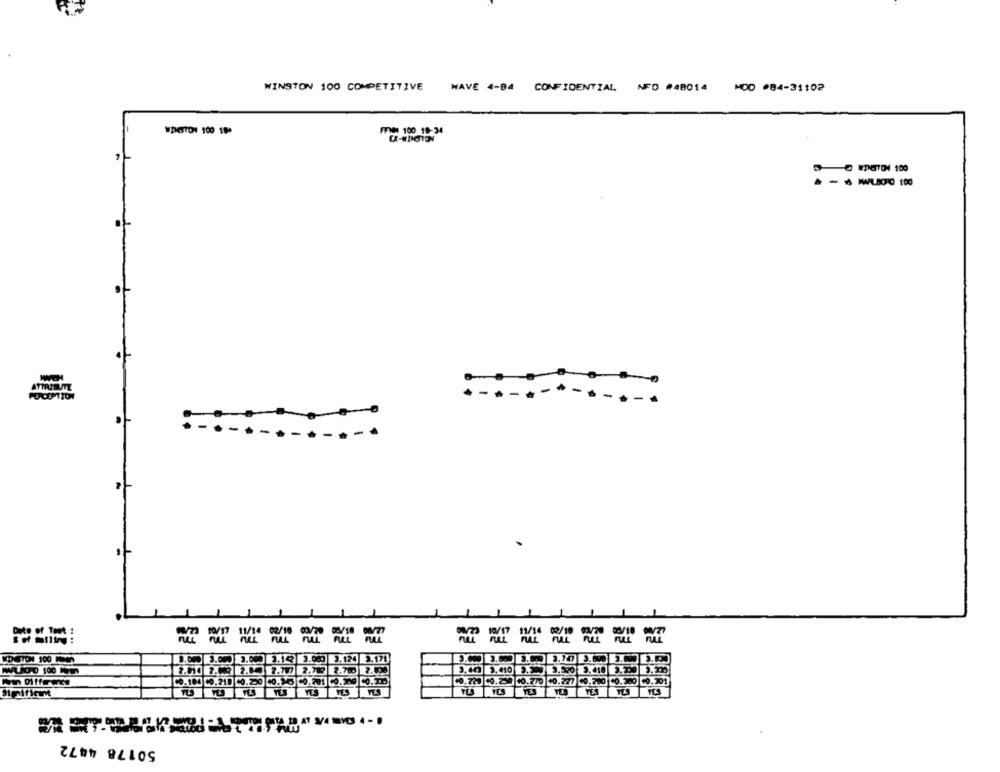
WINSTON 100 COMPETITIVE
WAVE 4-84 CONFIDENTIAL NFO #48014 H00 #84-31102
WPESTON 100 18+
FFIM 100 19-34
7
WINSTON 100
WWALSO 100
ATTRIEM
.-
POCEPTION
===== ==
== === ==
3.124
VID STON 100 1
3.00
2.171
2.707
2.782 2.700 2 ...
40.184 00.218 +0.250 10.35 40.291 10.200 10.31.
10.221 10.259 10.2/0 40.227
.200 CO.200 40.201
YES
YES
YES
50178 4472